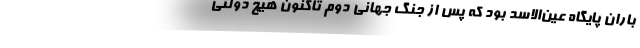
‌باران پایگاه عین‌الاسد بود که پس از جنگ جهانی دوم تاکنون هیچ دولتی